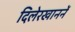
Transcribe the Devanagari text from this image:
दिलेरखाननें